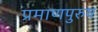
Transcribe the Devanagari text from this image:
प्रमाणपुरुष